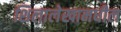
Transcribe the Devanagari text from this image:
शिलालेखामधील